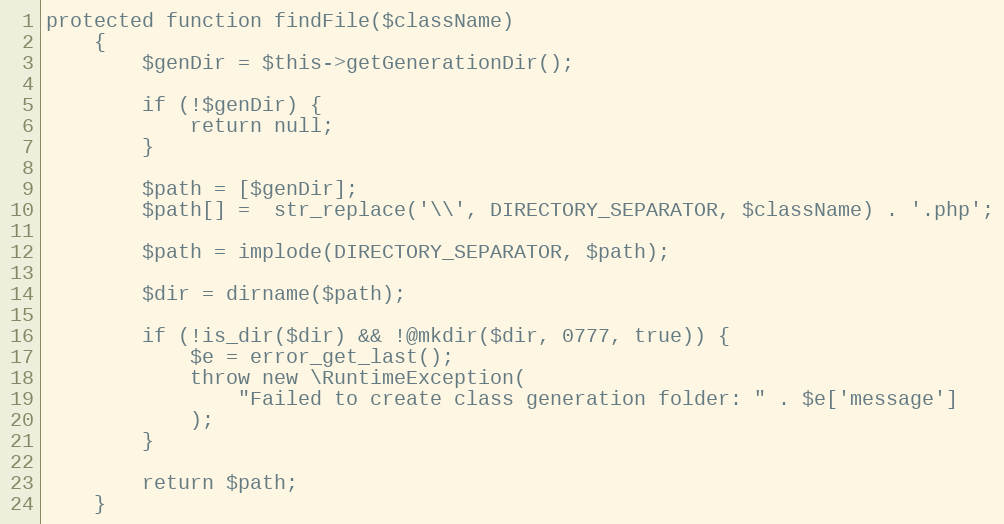
Language: PHP
protected function findFile($className)
    {
        $genDir = $this->getGenerationDir();

        if (!$genDir) {
            return null;
        }

        $path = [$genDir];
        $path[] =  str_replace('\\', DIRECTORY_SEPARATOR, $className) . '.php';

        $path = implode(DIRECTORY_SEPARATOR, $path);

        $dir = dirname($path);

        if (!is_dir($dir) && !@mkdir($dir, 0777, true)) {
            $e = error_get_last();
            throw new \RuntimeException(
                "Failed to create class generation folder: " . $e['message']
            );
        }

        return $path;
    }